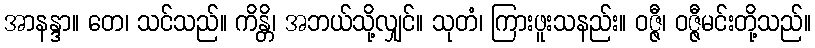
အာနန္ဒာ။ တေ၊ သင်သည်။ ကိန္တိ၊ အဘယ်သို့လျှင်။ သုတံ၊ ကြားဖူးသနည်း။ ဝဇ္ဇီ၊ ဝဇ္ဇီမင်းတို့သည်။